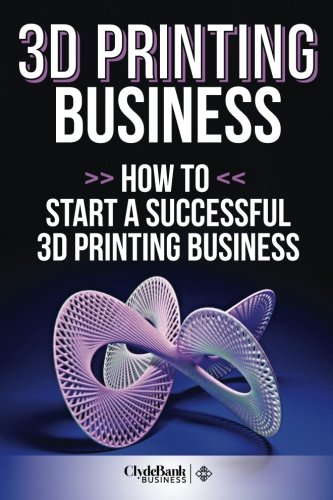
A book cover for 3D Printing Business: How To Start A Succesful 3D Printing Business; ClydeBank Business; Computers & Technology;